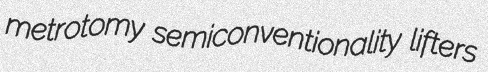
metrotomy semiconventionality lifters